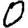
Digit: 0